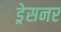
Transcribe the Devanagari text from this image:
ड्रेसनर